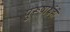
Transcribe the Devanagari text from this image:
पुरूषार्थही